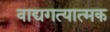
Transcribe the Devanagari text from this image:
वाद्यगत्यात्मक